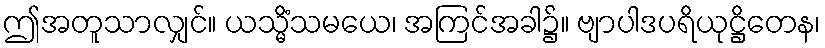
ဤအတူသာလျှင်။ ယသ္မိံသမယေ၊ အကြင်အခါ၌။ ဗျာပါဒပရိယုဋ္ဌိတေန၊